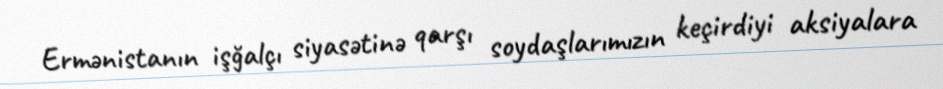
Ermənistanın işğalçı siyasətinə qarşı soydaşlarımızın keçirdiyi aksiyalara